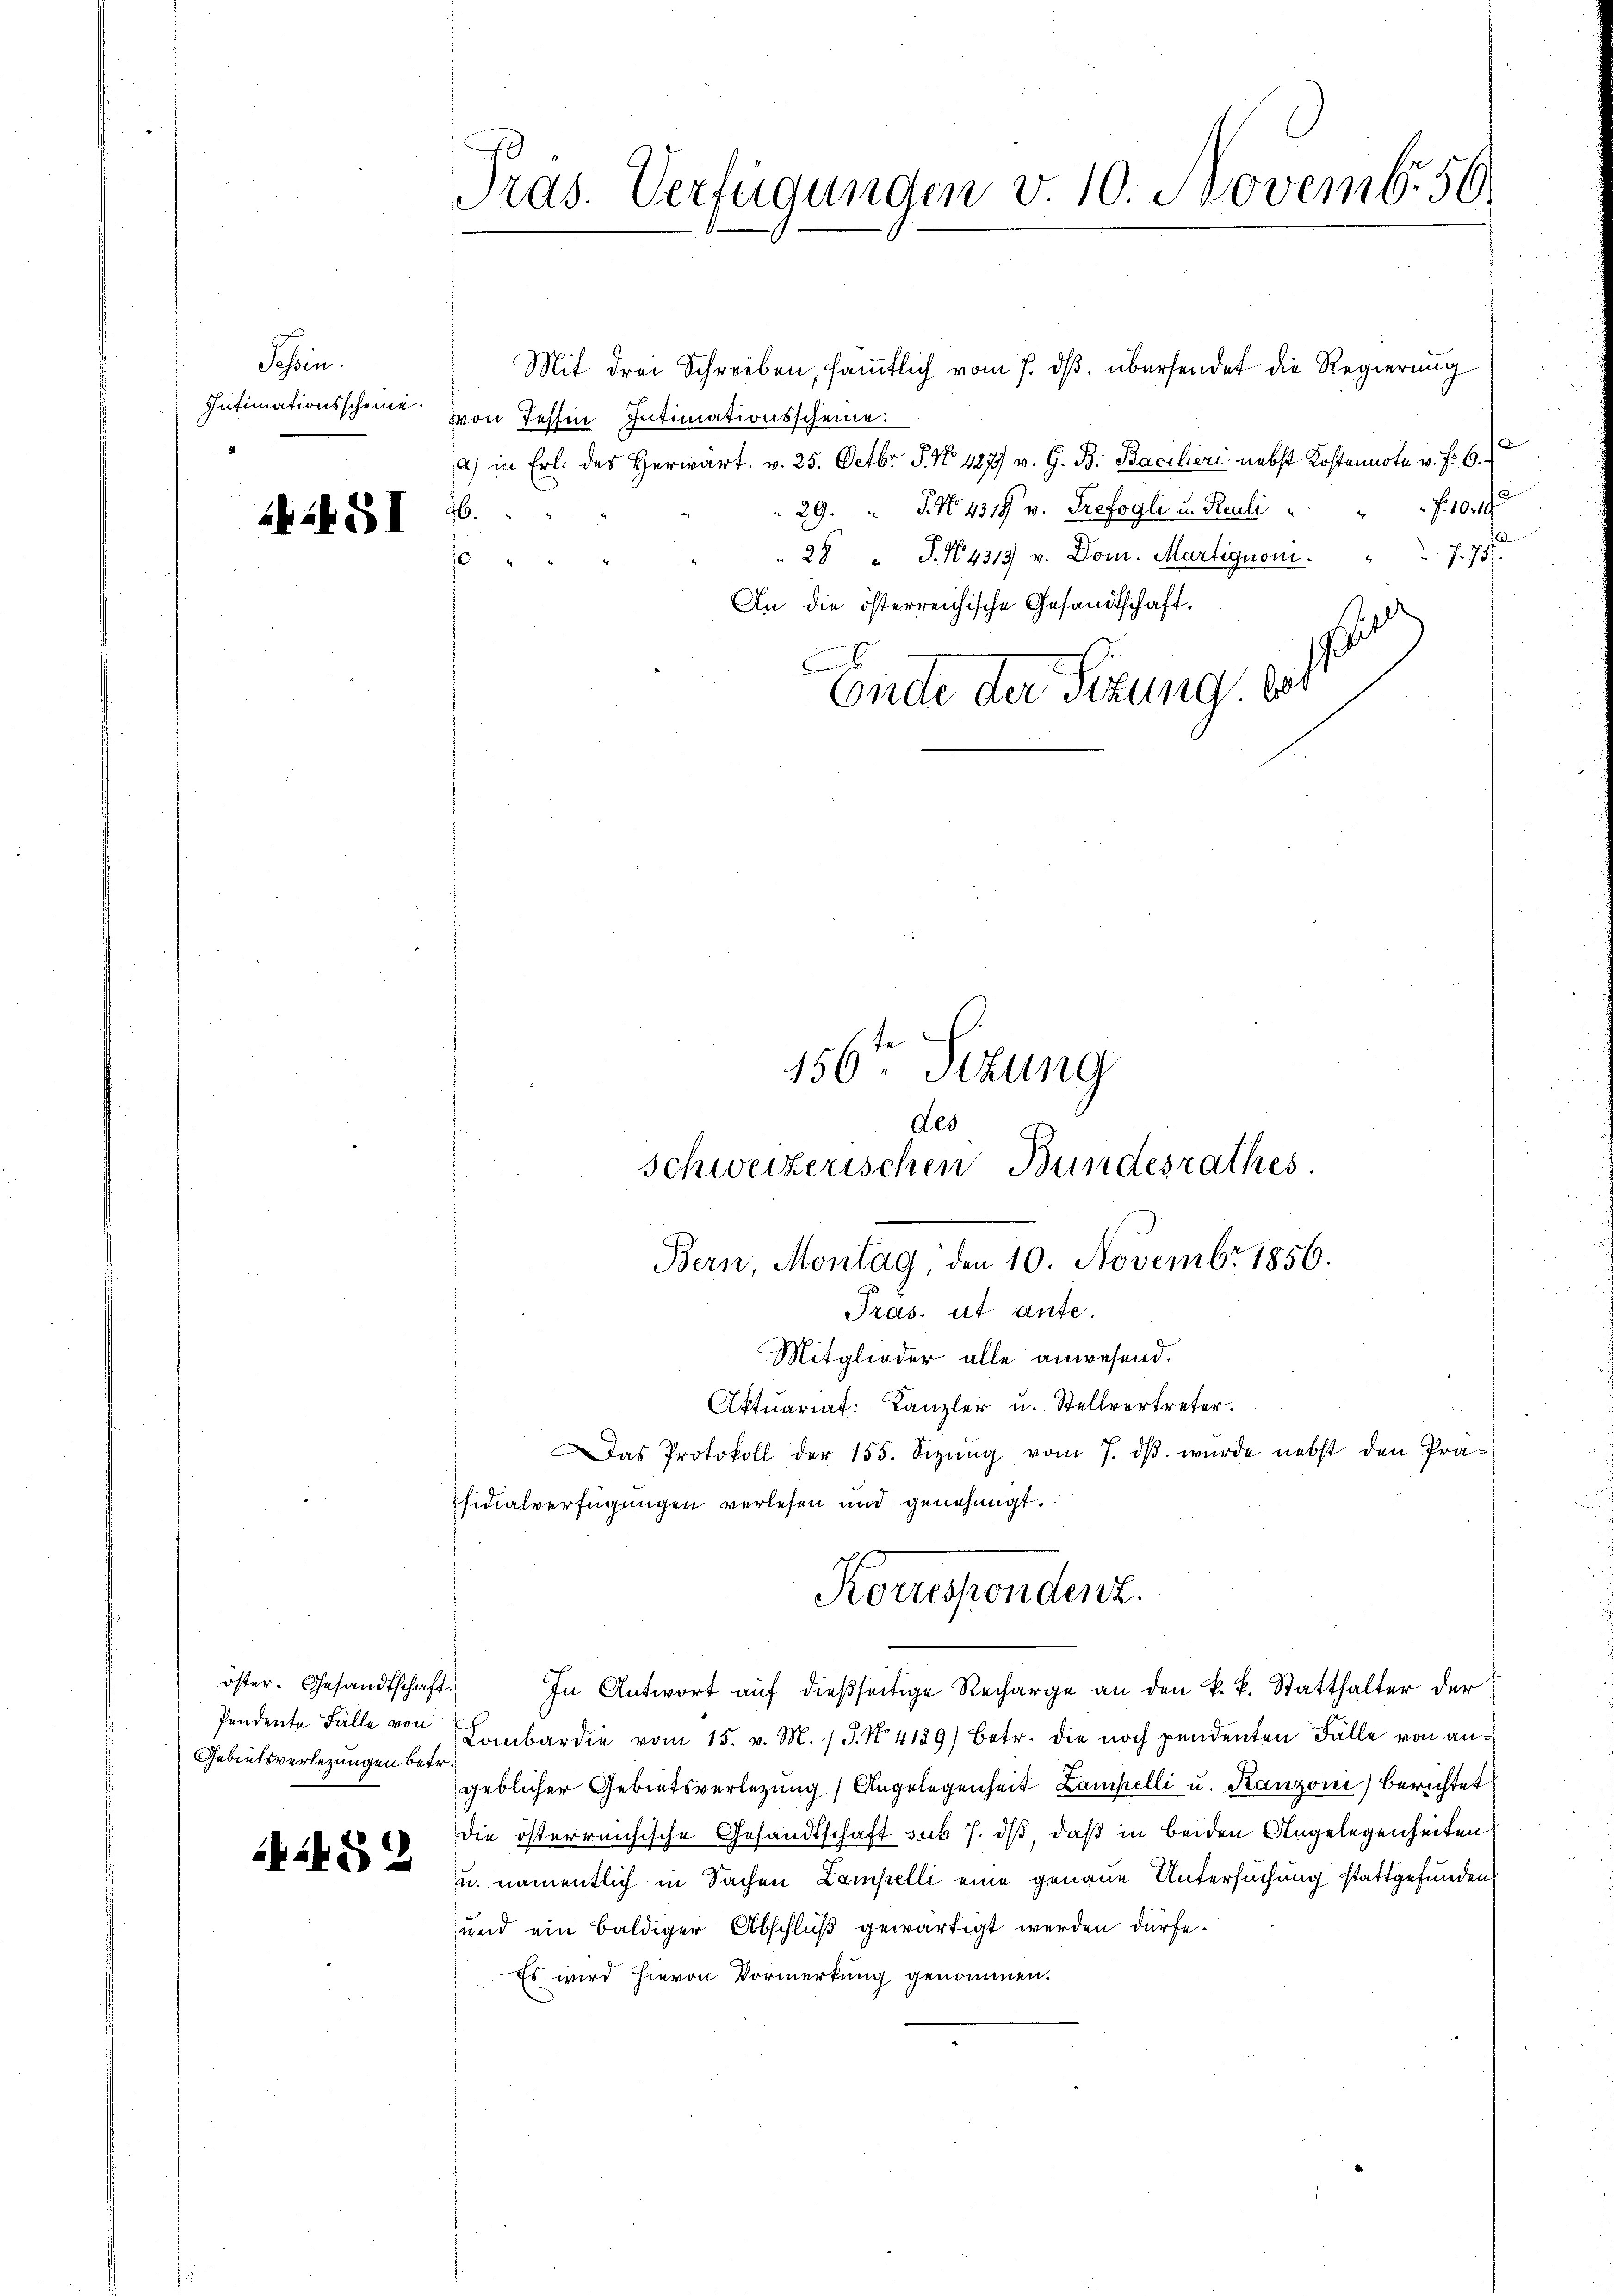
Schein.
Intimationsscheine

AGI

öster. Gesandtschaft.
Pendente Fälle von
Gebietsverlegungen betr.

1482

Präs. Verfügungen v. 10. Novemb. 56.

Mit drei Schreiben, sämmtlich vom 7. ds. übersendet die Regierung
von Tessin Intimationsscheine
a) in Frl. des Herwart. v. 25. Octbr. S. No 127 v. G. B. Bacilieri nebst Kostennote v. Fr. 6.
f. 1049
29. J. N. 4319 v. Trefogli u. Reali
26.
25 " P. N. 4313 v. Dom. Martignon.
7. 75
s
An die österreichische Gesandtschaft.
sit
F
Ende der Sitzung, best

156ten Sizung
des
schweizerischen Bundesrathes

Bern, Montag, den 10. Novembr 1856.
Pras. ut ante.
Mitglieder alle anwesend.
Aktuariat: Kanzler u. Stellvertreter.
Das Protokoll der 155. Sezŭng vom 7. dβ. wurde nebst den Prä-
sidialverfügungen verlesen und genehmigt.
Korrespondenz.

In Antwort auf dießseitige Recharge an den k. k. Statthalter der
Lombardie vom 15. v. M. (T. No 4139) Betr. die noch pendenten Fälle von angeblicher Gebietsverletzung Angelegenheit Lampelli u. Kanzoni) berichtet
die österreichische Gesandtschaft sub 7. dß, daß in beiden Angelegenheiten
u. namentlich in Sachen Lampelli eine genaue Untersuchung stattgefunden
und ein baldiger Abschluß gewärtigt werden dürfe.
Es wird hievon Vormerkung genommen.